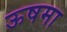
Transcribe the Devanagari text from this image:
ऊषमा